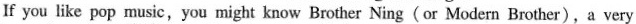
If you like pop music, you might know Brother Ning(or Modern Brother),a very